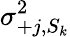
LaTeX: \sigma_{+j,S_{k}}^{2}